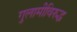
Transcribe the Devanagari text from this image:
गुलामीविरुद्ध